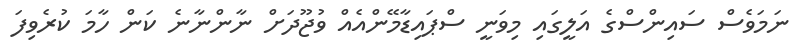
ނަމަވެސް ސައިންސްގެ އަލީގައި މިވަނީ ސްޕައިޑާމޭންއެއް ވުޖޫދަށް ނާންނާނެ ކަން ހާމަ ކުރެވިފަ